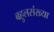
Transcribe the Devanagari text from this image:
बहुलसंख्या